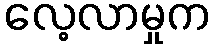
လေ့လာမှုက